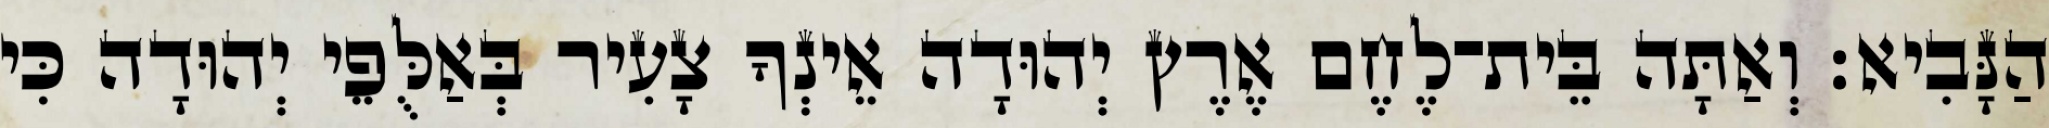
הַנָּבִיא׃ וְאַתָּה בֵּית־לֶחֶם אֶרֶץ יְהוּדָה אֵינְךָ צָעִיר בְּאַלֻּפֵי יְהוּדָה כִּי